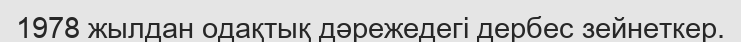
1978 жылдан одақтық дәрежедегі дербес зейнеткер.